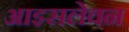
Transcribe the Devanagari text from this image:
आइसलेवन